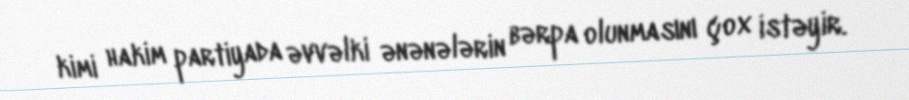
kimi hakim partiyada əvvəlki ənənələrin bərpa olunmasını çox istəyir.